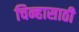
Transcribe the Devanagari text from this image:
चिन्हासाठी